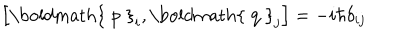
LaTeX: \left[ { \mathrm { \boldmath { ~ p ~ } } } _ { i } , { \mathrm { \boldmath { ~ q ~ } } } _ { j } \right] = - i \hbar \delta _ { i j }